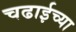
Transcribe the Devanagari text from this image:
चढाईच्या